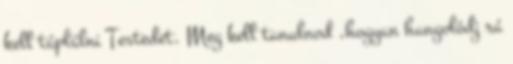
kell táplálni Testedet. Meg kell tanulnod ,hogyan hangolódj rá